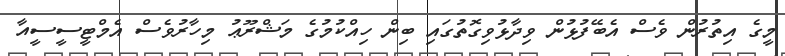
މީގެ އިތުރުން ވެސް އެބޭފުޅުން ވިދާޅުވިގޮތުގައި ބިން ހިއްކުމުގެ މަޝްރޫޢު މިހާރުވެސް އެމްޓީސީސީއާ